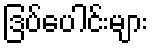
ဒြပ်ပေါင်းများ